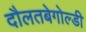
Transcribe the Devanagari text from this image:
दौलतबेगोल्डी